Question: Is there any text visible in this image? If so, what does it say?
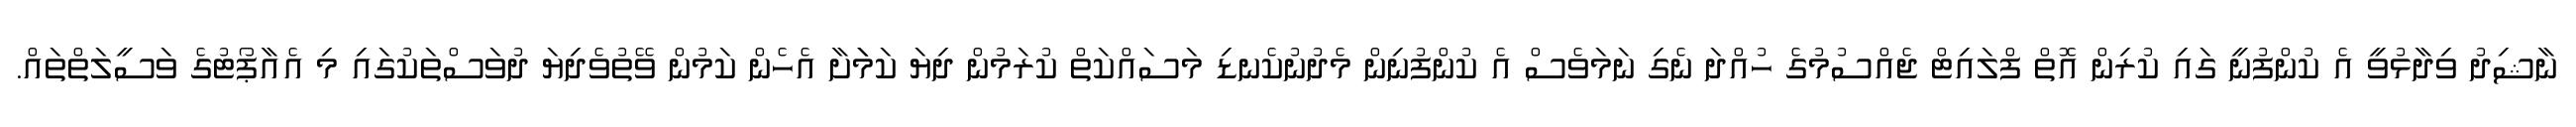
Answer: ނާޝިދު ވިދާޅުވީ އެ ކުންފުނީ ގައި ކުރިން އޮތް ފްލައިޓް ޖެއްސުމުގެ ހުއްދަ ނެގި ނަމަވެސް އެ ކުންފުނިން މެދުނުކެނޑި މަސައްކަތް ކުރަމުން ދިޔަ ކަމަަށާ އެހެން ކަމުން ވޭތުވެދިޔަ ދުވަސްތަކުގައި މި އެއާޕޯޓުގެ ވަސީލަތްތައް.